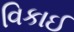
વિકાઈ